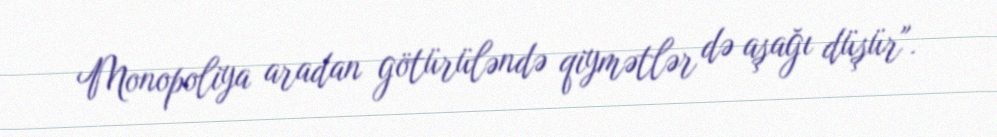
Monopoliya aradan götürüləndə qiymətlər də aşağı düşür".